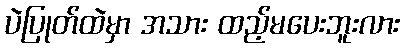
ပဲပြုတ်ထဲမှာ အသား ထည့်မပေးဘူးလား